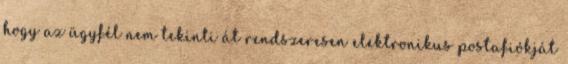
hogy az ügyfél nem tekinti át rendszeresen elektronikus postafiókját